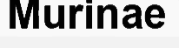
Murinae